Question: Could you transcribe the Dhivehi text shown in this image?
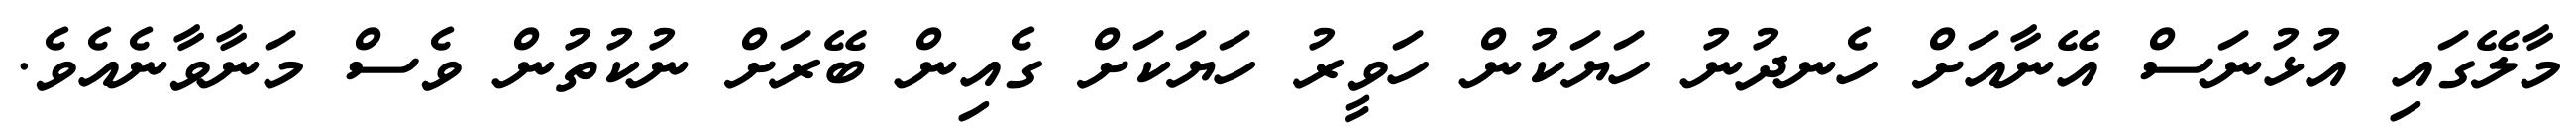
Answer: މާލޭގައި އުޅުނަސް އޭނާއަށް ހެނދުނު ހަޔަކުން ހަވީރު ހަޔަކަށް ގެއިން ބޭރަށް ނުކުތުން ވެސް މަނާވާނެއެވެ.